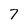
Character: 7